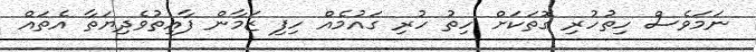
ނަމަވެސް ހިތުހުރި ގޮތަކަށް ހިތު ހުރި ގައުމެއް ހިފި ޒަމާން ފާއިތުވެދިޔަތާ އެތައް